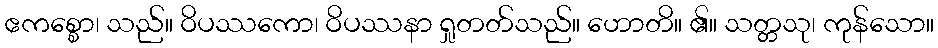
ဧကစ္စော၊ သည်။ ဝိပဿကော၊ ဝိပဿနာ ရှုတတ်သည်။ ဟောတိ။ ၏။ သတ္တသု၊ ကုန်သော။